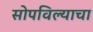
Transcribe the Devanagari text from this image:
सोपविल्याचा